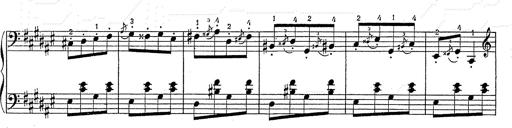
Title: Hungarian Rhapsody No.2
Composer: Franz Liszt
Key: C-sharp minor